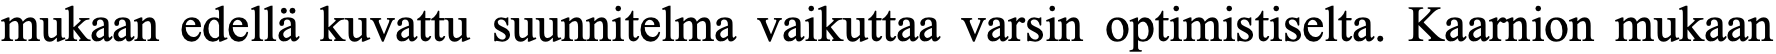
mukaan edellä kuvattu suunnitelma vaikuttaa varsin optimistiselta. Kaarnion mukaan